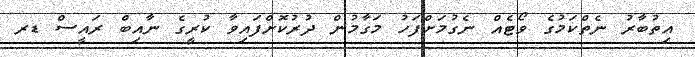
އިތުބާރު ނެތްކަމުގެ ވޯޓެއް ނެގުމަށްފަހު މަގާމުން ދުރުކޮށްފައިވާ ކުރީގެ ނާއިބް ރައީސް ޑރ